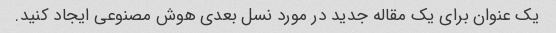
یک عنوان برای یک مقاله جدید در مورد نسل بعدی هوش مصنوعی ایجاد کنید.